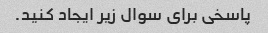
پاسخی برای سوال زیر ایجاد کنید.